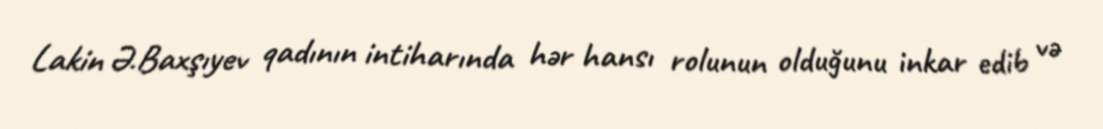
Lakin Ə.Baxşıyev qadının intiharında hər hansı rolunun olduğunu inkar edib və